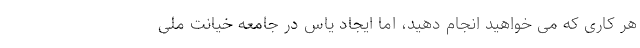
هر کاری که می خواهید انجام دهید، اما ایجاد یاس در جامعه خیانت ملی